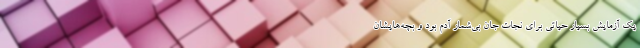
یک آزمایشِ بسیار حیاتی برای نجاتِ جان بی‌شمار آدم بود و بچه‌هایشان